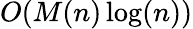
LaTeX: O(M(n)\log(n))